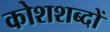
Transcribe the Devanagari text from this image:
कोशशब्दों